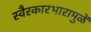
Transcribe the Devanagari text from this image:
स्वैरकारभारामुळें